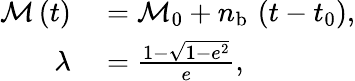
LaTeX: \begin{array}{rl}{\mathcal{M}\left(t\right)}&{{}=\mathcal{M}_{0}+n_{\mathrm{b}}\, \left(t-t_{0}\right),}\\ {\lambda}&{{}=\frac{1-\sqrt{1-e^{2}}}{e},}\end{array}